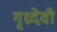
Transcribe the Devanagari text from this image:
गृध्रदेवी